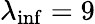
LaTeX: \lambda_{\mathrm{inf}}=9